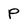
Character: P